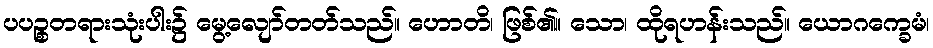
ပပဉ္စတရားသုံးပါး၌ မွေ့လျော်တတ်သည်။ ဟောတိ၊ ဖြစ်၏။ သော၊ ထိုရဟန်းသည်။ ယောဂက္ခေမံ၊